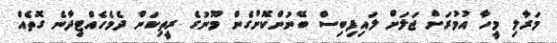
މަރާލި މީހާ އުމުރަށް ޖަލަށް ލައިފިބިސް ބޭނުންކޮށްގެން މޫނުގެ ރީތިކަން ދެމެހެއްޓިދާނެ ގޮތެއް